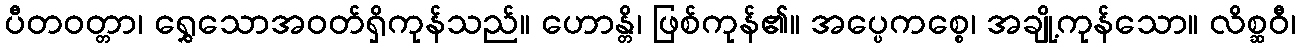
ပီတဝတ္တာ၊ ရွှေသောအဝတ်ရှိကုန်သည်။ ဟောန္တိ၊ ဖြစ်ကုန်၏။ အပ္ပေကစ္စေ၊ အချို့ကုန်သော။ လိစ္ဆဝီ၊